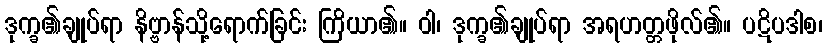
ဒုက္ခ၏ချုပ်ရာ နိဗ္ဗာန်သို့ရောက်ခြင်း ကြိယာ၏။ ဝါ၊ ဒုက္ခ၏ချုပ်ရာ အရဟတ္တဖိုလ်၏။ ပဋိပဒါစ၊